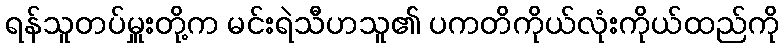
ရန်သူတပ်မှူးတို့က မင်းရဲသီဟသူ၏ ပကတိကိုယ်လုံးကိုယ်ထည်ကို